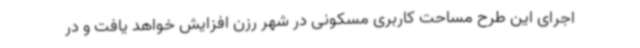
اجرای این طرح مساحت کاربری مسکونی در شهر رزن افزایش خواهد یافت و در